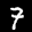
Label: 7